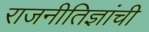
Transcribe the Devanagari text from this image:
राजनीतिज्ञांची